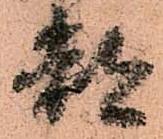
都